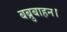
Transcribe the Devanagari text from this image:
बब्रुबाहन।